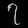
Digit: ၇